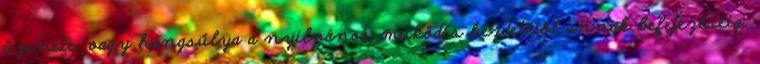
üzenete vagy hangsúlya a nyilvános működés kezdetétől annak befejezéséig.